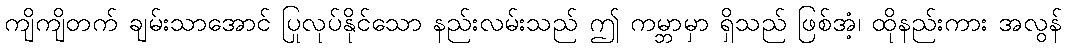
ကျိကျိတက် ချမ်းသာအောင် ပြုလုပ်နိုင်သော နည်းလမ်းသည် ဤ ကမ္ဘာမှာ ရှိသည် ဖြစ်အံ့၊ ထိုနည်းကား အလွန်